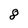
Character: 8